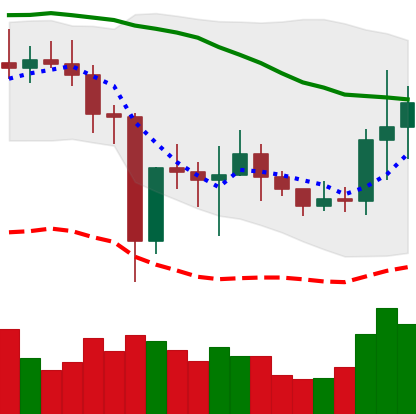
Ticker: NEO-USD
Chart end date: 2021-01-05
Forward return: 47.934%
Label: up_7plus